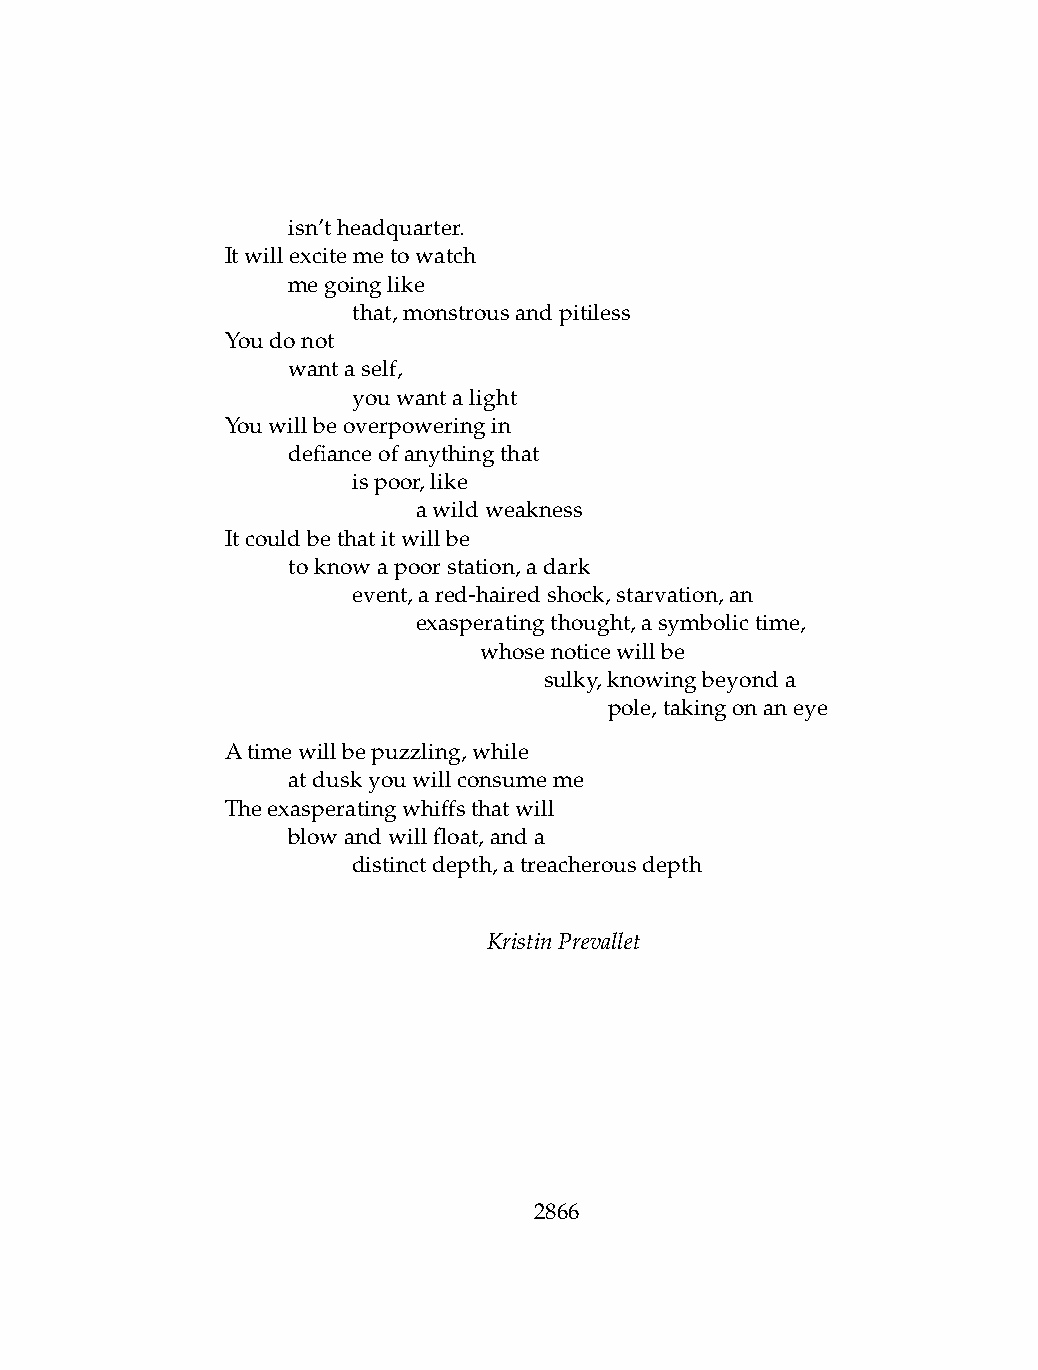
.   isn’theadquarter.
 Itwillexcitemetowatch
 .   megoinglike
 .   .   that,monstrousandpitiless
 Youdonot
 .   wantaself,
 .   .   youwantalight
 Youwillbeoverpoweringin
 .   defianceofanythingthat
 .   .   ispoor,like
 .   .   .    awildweakness
 Itcouldbethatitwillbe
 .   toknowapoorstation,adark
 .   .   event,ared-hairedshock,starvation,an
 .   .   .    exasperatingthought,asymbolictime,
 .   .   .    .   whosenoticewillbe
 .   .   .    .   .   sulky,knowingbeyonda
 .   .   .    .   .   .   pole,takingonaneye
 Atimewillbepuzzling,while
 .   atduskyouwillconsumeme
 Theexasperatingwhiffsthatwill
 .   blowandwillfloat,anda
 .   .   distinctdepth,atreacherousdepth
 KristinPrevallet
 2866